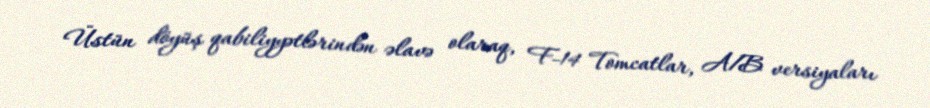
Üstün döyüş qabiliyyətlərindən əlavə olaraq, F-14 Tomcatlar, A/B versiyaları